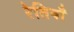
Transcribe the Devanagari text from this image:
रेतियाँ